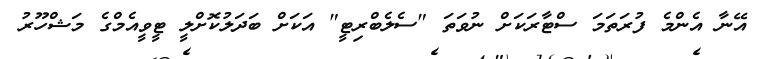
އޭނާ އެންމެ ފުރަތަމަ ސްޓާރަކަށް ނުވަތަ "ސެލެބްރިޓީ" އަކަށް ބަދަލުކޮށްލީ ޓީވީއެމްގެ މަޝްހޫރު